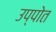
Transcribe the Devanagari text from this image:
उप्पोत